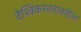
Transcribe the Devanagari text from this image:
वैश्विकस्तरावरील